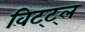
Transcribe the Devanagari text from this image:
विट्ट्ल